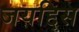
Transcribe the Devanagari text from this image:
जयद्दिस